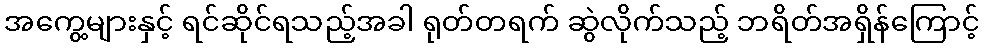
အကွေ့များနှင့် ရင်ဆိုင်ရသည့်အခါ ရုတ်တရက် ဆွဲလိုက်သည့် ဘရိတ်အရှိန်ကြောင့်